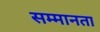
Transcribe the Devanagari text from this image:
सम्मानता